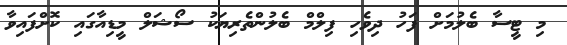
މި ޓީސާ ބެލުމަށް ފަހު ދިވެހި ފިލްމް ބެލުންތެރިޔަކު ސޯޝަލް މީޑިއާގައި ކޮށްފައިވާ